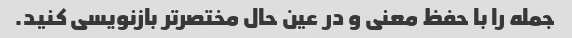
جمله را با حفظ معنی و در عین حال مختصرتر بازنویسی کنید.